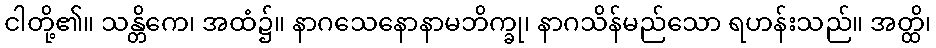
ငါတို့၏။ သန္တိကေ၊ အထံ၌။ နာဂသေနောနာမဘိက္ခု၊ နာဂသိန်မည်သော ရဟန်းသည်။ အတ္ထိ၊